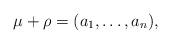
LaTeX: \begin{align*}\mu + \rho = (a_1, \dots, a_n),\end{align*}